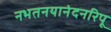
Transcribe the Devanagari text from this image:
नभतनयानंदनरिपू